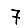
Digit: 7